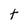
Character: t